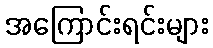
အကြောင်းရင်းများ